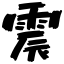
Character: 震